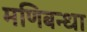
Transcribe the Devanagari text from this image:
मणिबन्धा